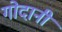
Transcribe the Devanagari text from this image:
गोदानी